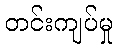
တင်းကျပ်မှု